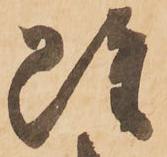
雖